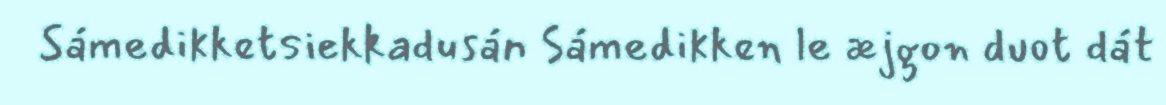
Sámedikketsiekkadusán Sámedikken le æjgon duot dát